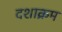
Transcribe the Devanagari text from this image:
दशाक्रम